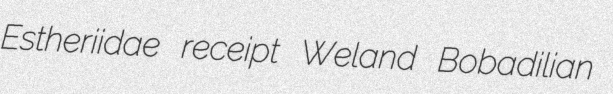
Estheriidae receipt Weland Bobadilian